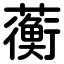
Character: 蘅